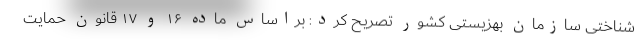
شناختی سازمان بهزیستی کشور تصریح کرد: براساس ماده ۱۶ و ۱۷ قانون حمایت